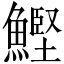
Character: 鰹